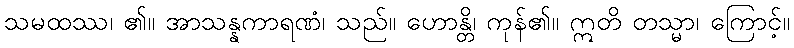
သမထဿ၊ ၏။ အာသန္နကာရဏံ၊ သည်။ ဟောန္တိ၊ ကုန်၏။ ဣတိ တသ္မာ၊ ကြောင့်။